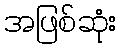
အဖြစ်ဆုံး